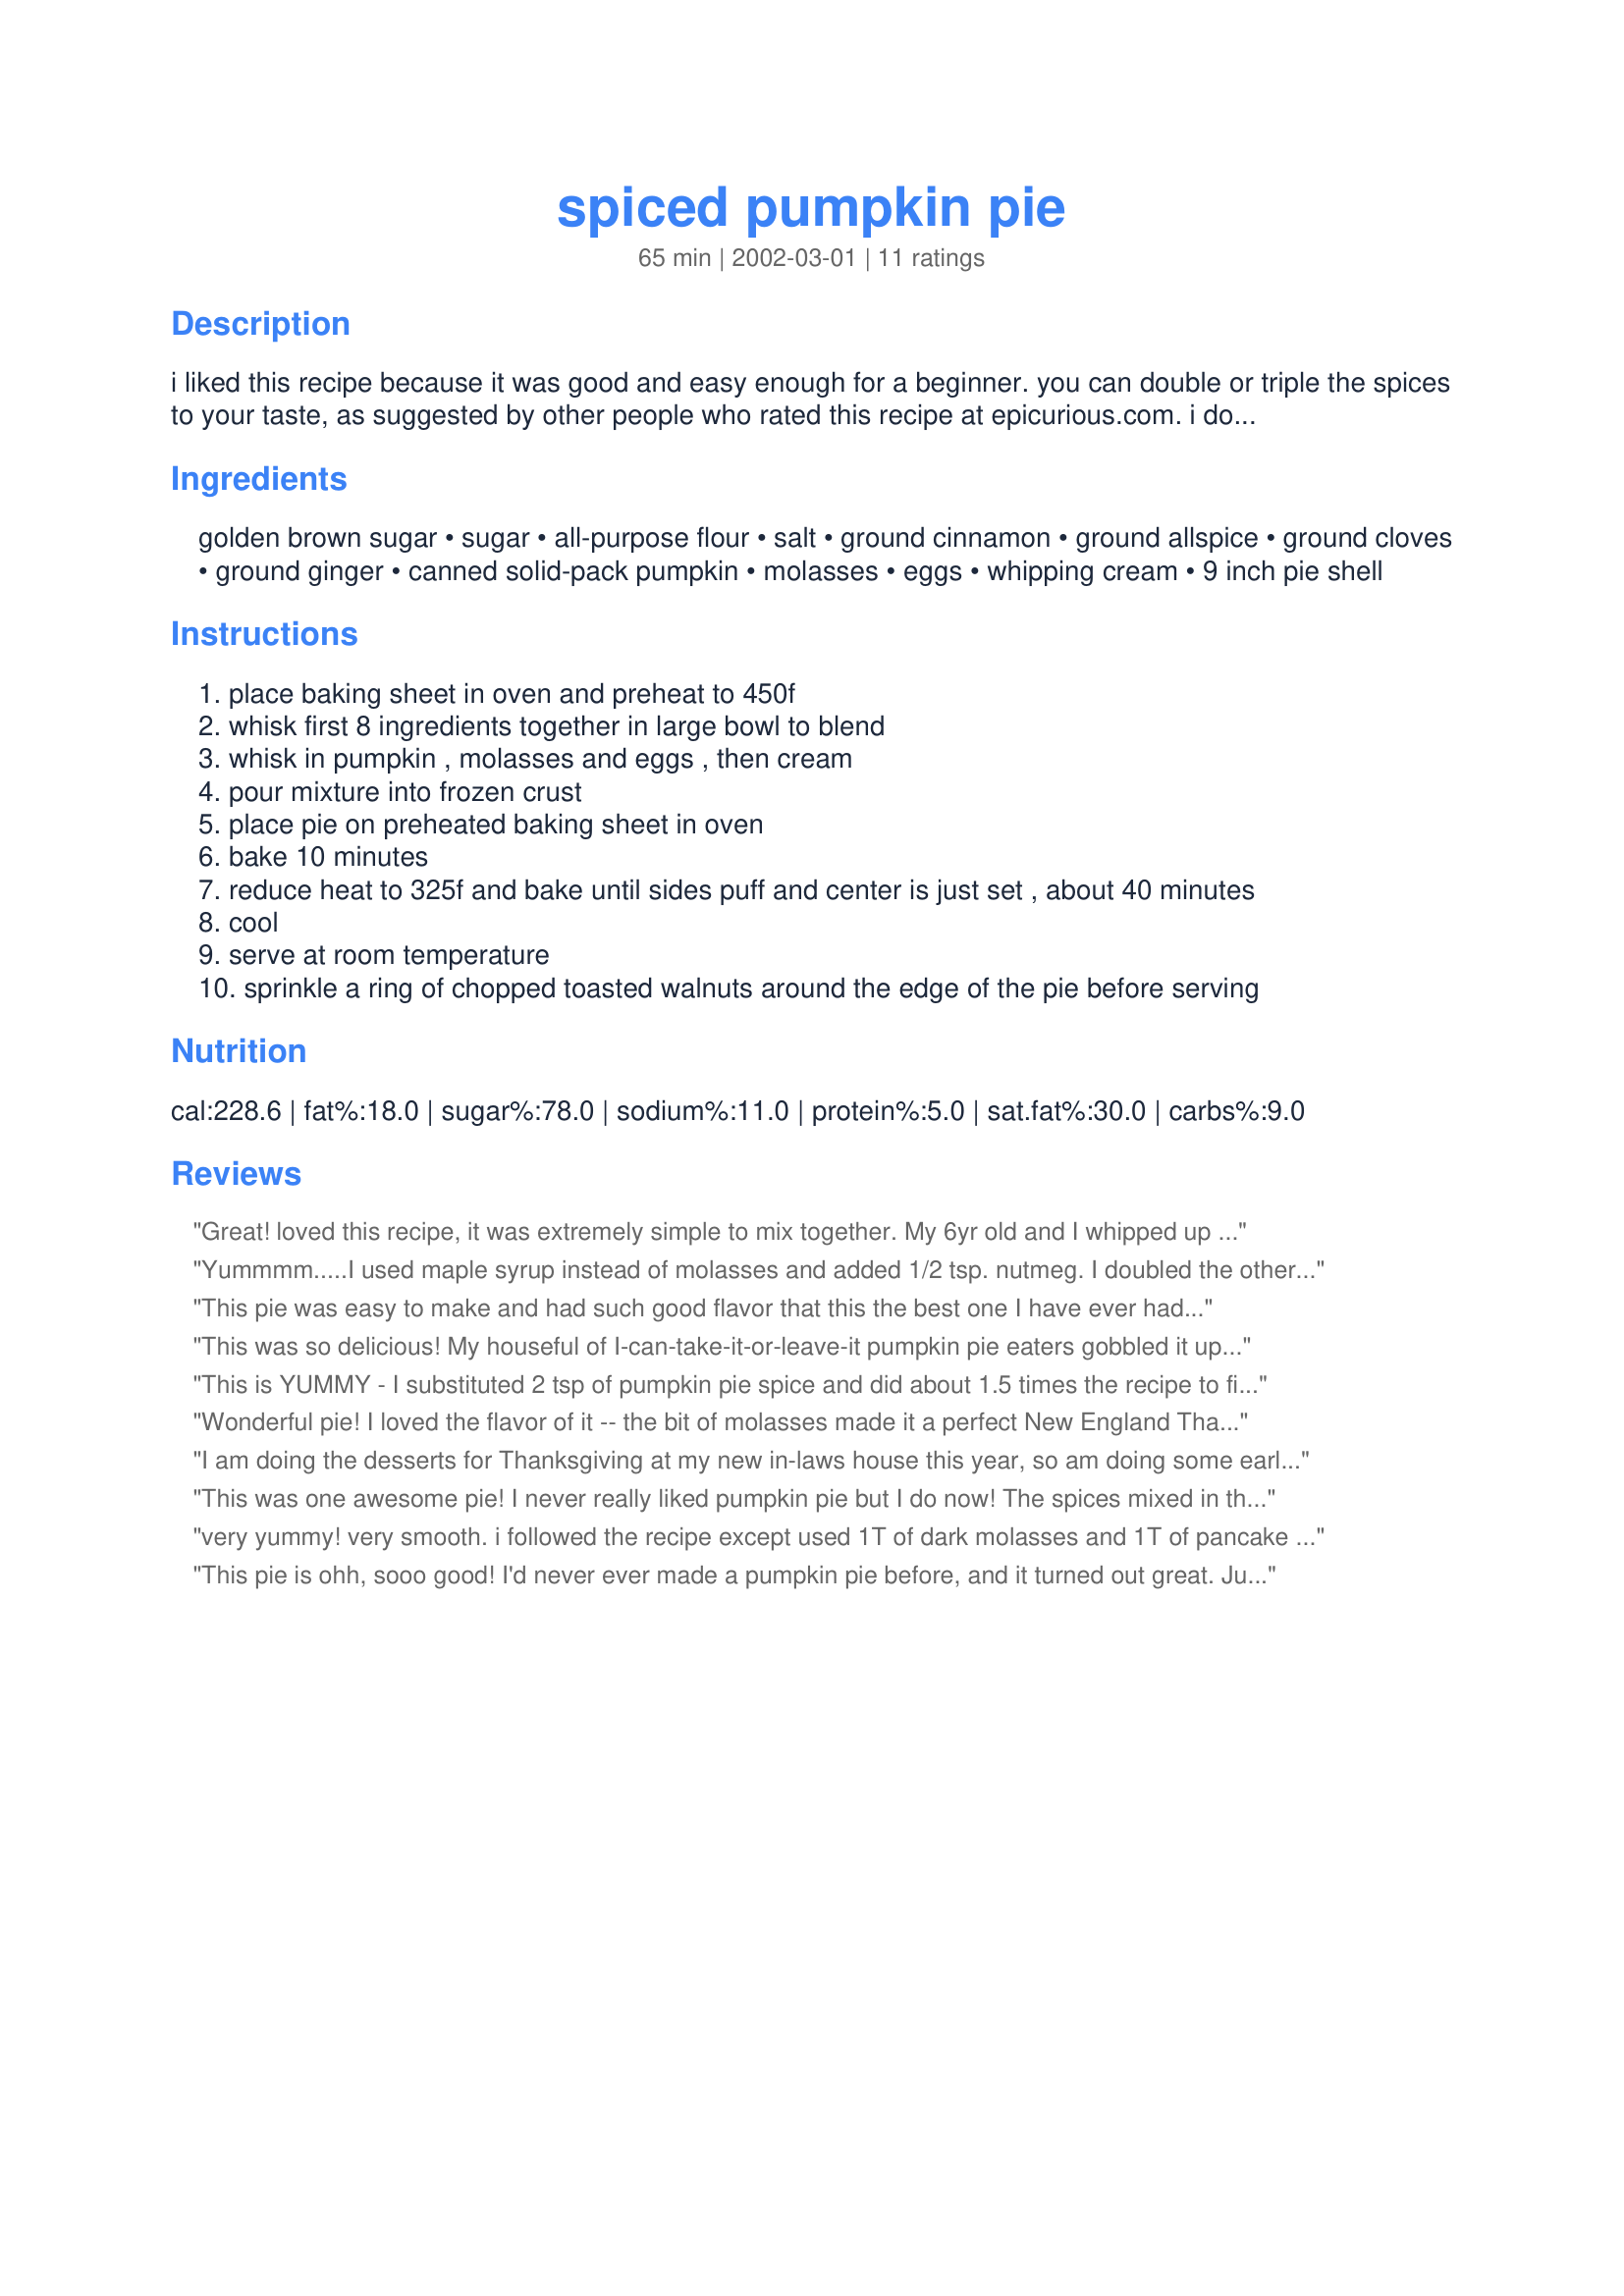
spiced pumpkin pie
Preparation time: 65 minutes

i liked this recipe because it was good and easy enough for a beginner. you can double or triple the spices to your taste, as suggested by other people who rated this recipe at epicurious.com. i doubled this recipe to use a whole 29-oz. can of pumpkin, which made 2 pies. i didn't have molasses so i used good pancake syrup in place of it, and it turned out really well. i used the recipe for flaky pie crust for the crust, but you can also use frozen pie crust. adjust the baking time to your oven, the recipe calls for 50 minutes, but my oven took 55 minutes. bon appetit, november 1998, mary dillman burke, aiken sc, the cook's exchange.

Ingredients:
golden brown sugar, sugar, all-purpose flour, salt, ground cinnamon, ground allspice, ground cloves, ground ginger, canned solid-pack pumpkin, molasses, eggs, whipping cream, 9 inch pie shell

Steps:
place baking sheet in oven and preheat to 450f
whisk first 8 ingredients together in large bowl to blend
whisk in pumpkin , molasses and eggs , then cream
pour mixture into frozen crust
place pie on preheated baking sheet in oven
bake 10 minutes
reduce heat to 325f and bake until sides puff and center is just set , about 40 minutes
cool
serve at room temperature
sprinkle a ring of chopped toasted walnuts around the edge of the pie before serving

Reviews:
Great! loved this recipe, it was extremely simple to mix together. My 6yr old and I whipped up 6 pies using this recipe. We loved the smooth silky texture and the flavour was just right. The molasses was a nice touch to the recipe. I did double the spices, to my own taste, since I know I personally like a stronger pie, and my family was very happy with the results. Thank you for such a wonderful and simple recipe, this will become my yearly pumpkin pie recipe from now on.
Yummmm.....I used maple syrup instead of molasses and added 1/2 tsp. nutmeg. I doubled the other spices, except allspice. My pumpkin was little runny, so I drained it in two layers of cheesecloth for a couple of minutes to firm it up. Worked great! I had enough for two pies (store-bought crust).
 
 This pie was easy to make and had such good
 flavor that this the best one I have ever
 had.I did'nt change or add anything else to
 the recipe;other then to double the spices
 and the flavor was wonderfull.
This was so delicious! My houseful of I-can-take-it-or-leave-it pumpkin pie eaters gobbled it up. Everyone commented that it was much better than any pumpkin pie they ever ate. The molasses really creates a smooth filling and adds incredible flavor. I halved the recipe to make one pie instead of two. I also doubled all the cinnamon, ground allspice, ground cloves and ground ginger. This is highly recommended! It's easy and over the top delicious!
This is YUMMY - I substituted 2 tsp of pumpkin pie spice and did about 1.5 times the recipe to fit my deep dish 9 inch pie plates
Wonderful pie! I loved the flavor of it -- the bit of molasses made it a perfect New England Thanksgiving dessert. I have to laugh, though; I didn't notice until JUST NOW that this makes two pies, not one. I poured the whole thing into a single pie shell and it made a spectacular -- ONE spectacular -- pie. It took a little longer to cook, but not that much longer -- maybe ten minutes. This is my new favorite pumpkin pie recipe!
I am doing the desserts for Thanksgiving at my new in-laws house this year, so am doing some early trial-runs. I think we have a winner with this pie. Very smoothly-textured and creamy! I followed recommendation and doubled all of the spices. I also added in another 1/4 teaspoon of freshly grated nutmeg. Next time, I think I may take it to 1/2 teaspoon, and grate some on the top as well. My husband said he thought it needed to be just a little sweeter (a very odd thing for him to say), but I thought it was just right. BTW, his piece of pie disappeared in approximately 25 seconds, so take his statement as you will. ;) Great pie, thank you!!!!
This was one awesome pie! I never really liked pumpkin pie but I do now! The spices mixed in this pie made it outstanding! Instead of a regular pie crust I used a gingersnap crust, delicious! Thank you Teresa M
very yummy! very smooth.
i followed the recipe except used 1T of dark molasses and 1T of pancake syrup.
I loved the flavor!
thanks for sharing
This pie is ohh, sooo good! I'd never ever made a pumpkin pie before, and it turned out great. Just as advertised, it is a easy recipe for the beginner. I used my own pie crust and instead of molasses I used maple syrup. 
Thanks, for sharing this recipe! For sure, I'll be making it again.
This is the best pie I have made to date!!! Wonderful, smooth, and not grainy at all. Thanks so much for this one!
